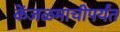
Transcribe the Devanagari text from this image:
केंजळमाचीपर्यंत